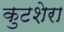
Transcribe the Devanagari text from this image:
कुटशेरा